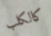
كالكلب